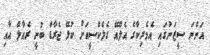
އަންނަ ސީޒަނުގައި އެމެރިކާގެ އެލްއޭ ގެލެކްސީއަށް ކުޅޭ ޖެރާޑް ބުނީ ރެއާލް އާއި